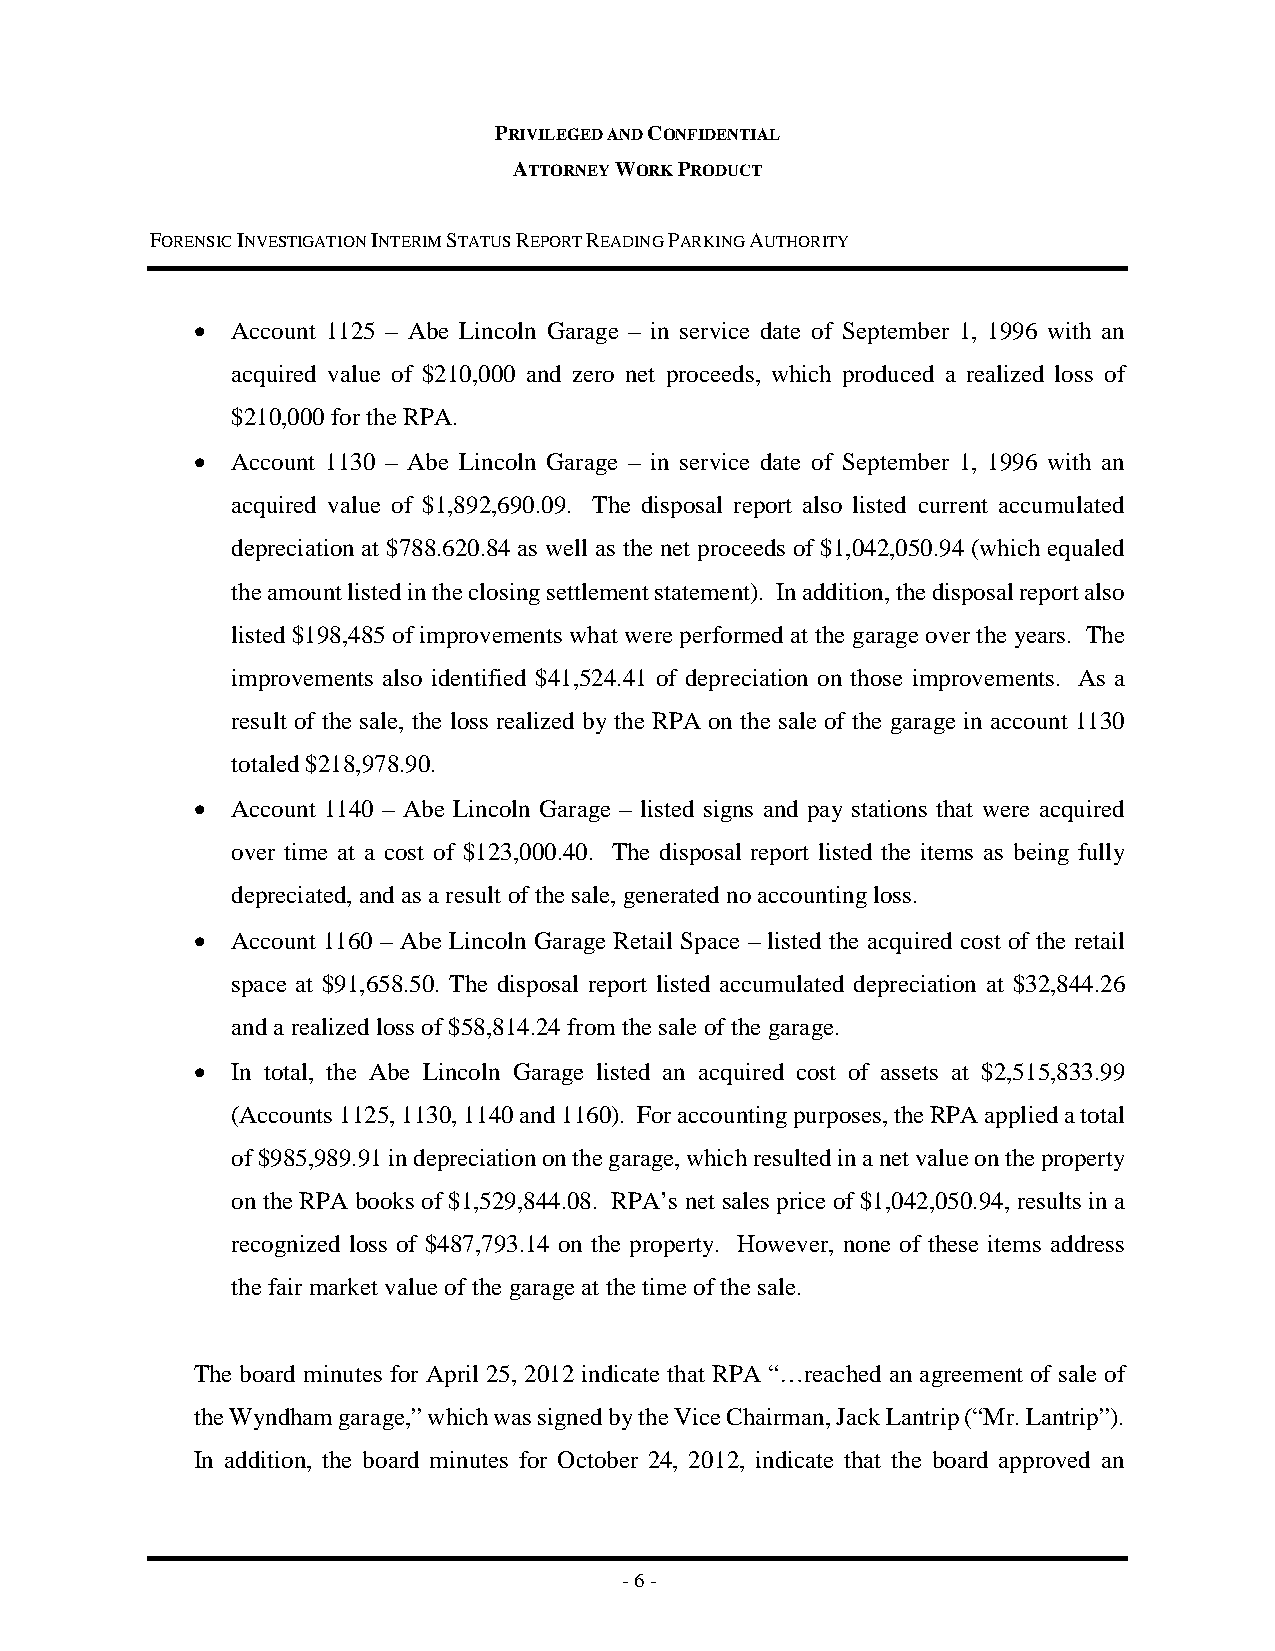
PRIVILEGED AND CONFIDENTIAL
 ATTORNEY WORK PRODUCT
 FORENSIC INVESTIGATION INTERIM STATUS REPORT READING PARKING AUTHORITY
 • Account 1125 – Abe Lincoln Garage – in service date of September 1, 1996 with an
 acquired value of $210,000 and zero net proceeds, which produced a realized loss of
 $210,000 for the RPA.
 • Account 1130 – Abe Lincoln Garage – in service date of September 1, 1996 with an
 acquired value of $1,892,690.09. The disposal report also listed current accumulated
 depreciation at $788.620.84 as well as the net proceeds of $1,042,050.94 (which equaled
 the amount listed in the closing settlement statement). In addition, the disposal report also
 listed $198,485 of improvements what were performed at the garage over the years. The
 improvements also identified $41,524.41 of depreciation on those improvements. As a
 result of the sale, the loss realized by the RPA on the sale of the garage in account 1130
 totaled $218,978.90.
 • Account 1140 – Abe Lincoln Garage – listed signs and pay stations that were acquired
 over time at a cost of $123,000.40. The disposal report listed the items as being fully
 depreciated, and as a result of the sale, generated no accounting loss.
 • Account 1160 – Abe Lincoln Garage Retail Space – listed the acquired cost of the retail
 space at $91,658.50. The disposal report listed accumulated depreciation at $32,844.26
 and a realized loss of $58,814.24 from the sale of the garage.
 • In total, the Abe Lincoln Garage listed an acquired cost of assets at $2,515,833.99
 (Accounts 1125, 1130, 1140 and 1160). For accounting purposes, the RPA applied a total
 of $985,989.91 in depreciation on the garage, which resulted in a net value on the property
 on the RPA books of $1,529,844.08. RPA’s net sales price of $1,042,050.94, results in a
 recognized loss of $487,793.14 on the property. However, none of these items address
 the fair market value of the garage at the time of the sale.
 The board minutes for April 25, 2012 indicate that RPA “…reached an agreement of sale of
 the Wyndham garage,” which was signed by the Vice Chairman, Jack Lantrip (“Mr. Lantrip”).
 In addition, the board minutes for October 24, 2012, indicate that the board approved an
 - 6 -